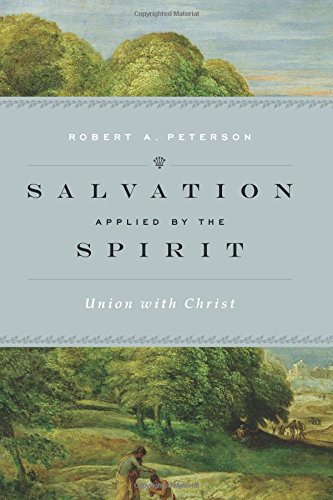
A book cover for Salvation Applied by the Spirit: Union with Christ; Robert A. Peterson; Christian Books & Bibles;